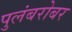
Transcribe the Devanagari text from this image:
पुलंबरोबर